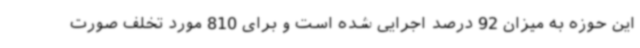
این حوزه به میزان 92 درصد اجرایی شده است و برای 810 مورد تخلف صورت